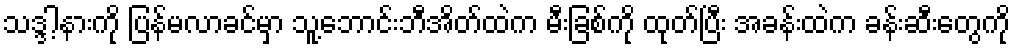
သဒ္ဒါ့နားကို ပြန်မလာခင်မှာ သူ့ဘောင်းဘီအိတ်ထဲက မီးခြစ်ကို ထုတ်ပြီး အခန်းထဲက ခန်းဆီးတွေကို